Report on the cultivation of protesoma, Labbé, in grey mosquitoes
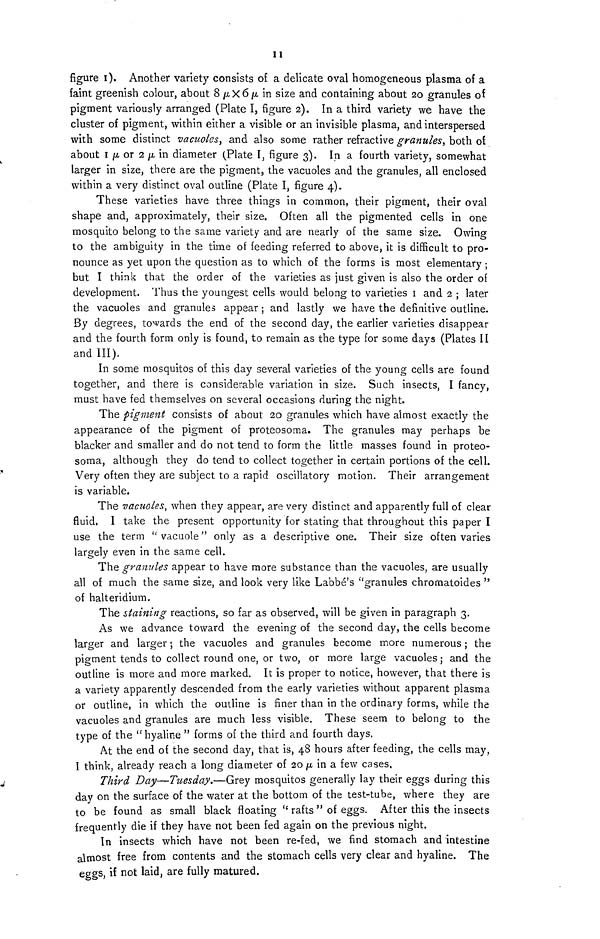
II
figure 1). Another variety consists of a delicate oval homogeneous plasma of a
faint greenish colour, about 8 μ Χ 6 μ in size and containing about 20 granules of
pigment variously arranged (Plate I, figure 2). In a third variety we have the
cluster of pigment, within either a visible or an invisible plasma, and interspersed
with some distinct vacuoles, and also some rather refractive granules, both oí
about 1 μ or 2 μ in diameter (Plate I, figure 3). In a fourth variety, somewhat
larger in size, there are the pigment, the vacuoles and the granules, all enclosed
within a very distinct oval outline (Plate I, figure 4).
These varieties have three things in common, their pigment, their oval
shape and, approximately, their size, Often all the pigmented cells in one
mosquito belong to the same variety and are nearly of the same size. Owing
to the ambiguity in the time of feeding referred to above, it is difficult to pro-
nounce as yet upon the question as to which of the forms is most elementary ;
but I think that the order of the varieties as just given is also the order of
development. Thus the youngest cells would belong to varieties 1 and 2 ; later
the vacuoles and granules appear ; and lastly we have the definitive outline.
By degrees, towards the end of the second day, the earlier varieties disappear
and the fourth form only is found, to remain as the type for some days (Plates II
and III).
In some mosquitos of this day several varieties of the young cells are found
together, and there is considerable variation in size. Such insects, I fancy,
must have fed themselves on several occasions during the night.
The pigment consists of about 20 granules which have almost exactly the
appearance of the pigment of proteosoma. The granules may perhaps be
blacker and smaller and do not tend to form the little masses found in proteo-
soma, although they do tend to collect together in certain portions of the cell.
Very often they are subject to a rapid oscillatory motion. Their arrangement
is variable,
The vacuoles, when they appear, are very distinct and apparently full of clear
fluid, I take the present opportunity for stating that throughout this paper I
use the term "vacuole" only as a descriptive one. Their size often varies
largely even in the same cell.
The granules appear to have more substance than the vacuoles, are usually
all of much the same size, and look very like Labbe's "granules chrornatoides "
of halteridium.
The staining reactions, so far as observed, will be given in paragraph 3.
As we advance toward the evening of the second day, the cells become
larger and larger 5 the vacuoles and granules become more numerous ; the
pigment tends to collect round one, or two, or more large vacuoles ; and the
outline is more and more marked. It is proper to notice, however, that there is
a variety apparently descended from the early varieties without apparent plasma
or outline, in which the outline is finer than in the ordinary forms, while the
vacuoles and granules are much less visible. These seem to belong to the
type of the " hyaline " forms of the third and fourth days.
At the end of the second day, that is, 48 hours after feeding, the cells may,
I think, already reach a long diameter of 20 μ in a few cases,
Third Day—Tuesday.—Grey mosquitos generally lay their eggs during this
day on the surface of the water at the bottom of the test-tube, where they are
to be found as small black floating " rafts " of eggs. After this the insects
frequently die if they have not been fed again on the previous night.
In insects which have not been re-fed, we find stomach and intestine
almost free from contents and the stomach cells very clear and hyaline. The
eggs, if not laid, are fully matured.